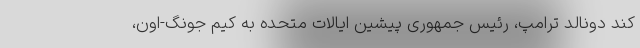
کند دونالد ترامپ، رئیس جمهوری پیشین ایالات متحده به کیم جونگ-اون،